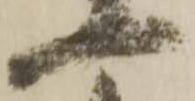
一